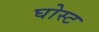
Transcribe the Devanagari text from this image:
घोस्‍ट